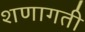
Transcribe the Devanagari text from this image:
शणागती